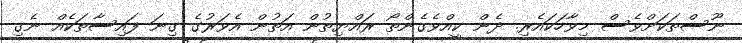
ނޫސްތަކަށްވެސް މިވާހަކައެރި. ދެން ކީއްވެގެންތޯ ރައްޔިތުން އަތުން އެވަރުގެ ގިނަ ފައިސާތަކެއް ނެގި